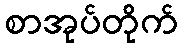
စာအုပ်တိုက်